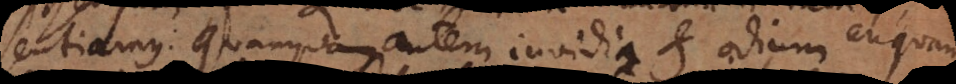
sentiamus: quanquam autem invidia et odium aliqua